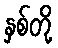
နှစ်တို့